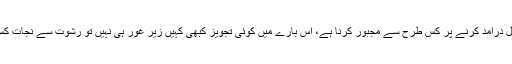
ہم نے عوام کو قانون پر عمل درآمد کرنے پر کس طرح سے مجبور کرنا ہے، اس بارے میں کوئی تجویز کبھی کہیں زیر غور ہی نہیں تو رشوت سے نجات کس طرح ممکن ہوسکے گی؟